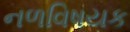
નળવિષયક